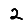
Digit: 2